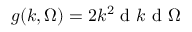
g ( k , \Omega ) = 2 k ^ { 2 } \mathrm { ~ d ~ } k \mathrm { ~ d ~ } \Omega